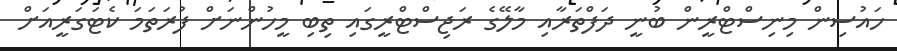
ހައުސިން މިނިސްޓްރީން ބުނީ ދަފްތަރާއި މާލޭގެ ރަޖިސްޓްރީގައި ތިބި މީހުންނަށް ފުރަތަމަ ކެޓަގަރީއަށް